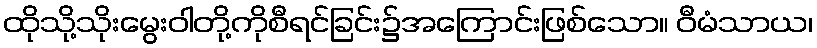
ထိုသို့သိုးမွေးဝါတို့ကိုစီရင်ခြင်း၌အကြောင်းဖြစ်သော။ ဝီမံသာယ၊